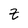
Character: Z